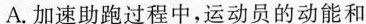
A.加速助跑过程中，运动员的动能和